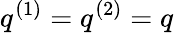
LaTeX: q^{(1)}=q^{(2)}=q